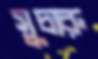
সুচারু